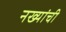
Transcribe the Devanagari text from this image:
नख्यांची